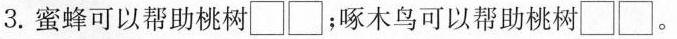
3.蜜蜂可以帮助桃树\Box\Box；啄木鸟可以帮助桃树\Box\Box。